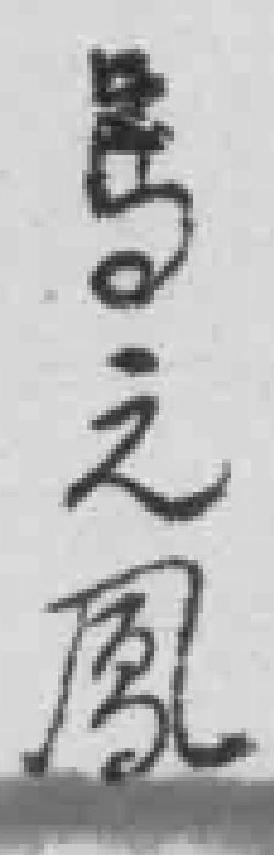
馬之凰